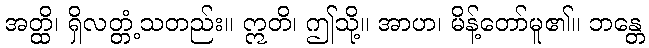
အတ္ထိ၊ ရှိလတ္တံ့သတည်း။ ဣတိ၊ ဤသို့။ အာဟ၊ မိန့်တော်မူ၏။ ဘန္တေ